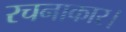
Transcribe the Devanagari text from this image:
रचनाकार।